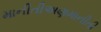
માનીતીઅણમાનીતી